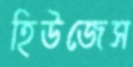
হিউজেস